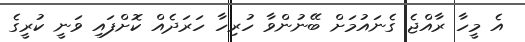
އެ މީހާ ރާއްޖެ ގެނައުމަށް ބޭނުންވާ ހުރިހާ ހަރަދެއް ކޮށްފައި ވަނީ ކުރީގެ